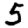
Digit: 5